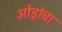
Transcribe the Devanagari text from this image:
ओड्रांचा